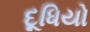
દૂધિયો